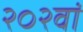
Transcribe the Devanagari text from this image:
२०२वां